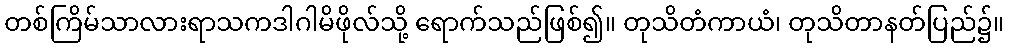
တစ်ကြိမ်သာလားရာသကဒါဂါမိဖိုလ်သို့ ရောက်သည်ဖြစ်၍။ တုသိတံကာယံ၊ တုသိတာနတ်ပြည်၌။